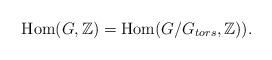
LaTeX: \begin{align*} \mathrm{Hom}(G, \mathbb{Z}) = \mathrm{Hom}(G / G_{tors}, \mathbb{Z})).\end{align*}